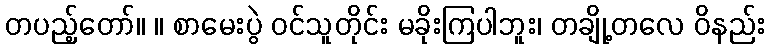
တပည့်တော်။ ။ စာမေးပွဲ ဝင်သူတိုင်း မခိုးကြပါဘူး၊ တချို့တလေ ဝိနည်း